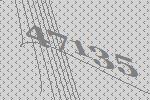
47135